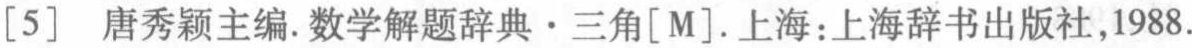
[5] 唐秀颖主编.数学解题辞典·三角[M].上海：上海辞书出版社,1988.